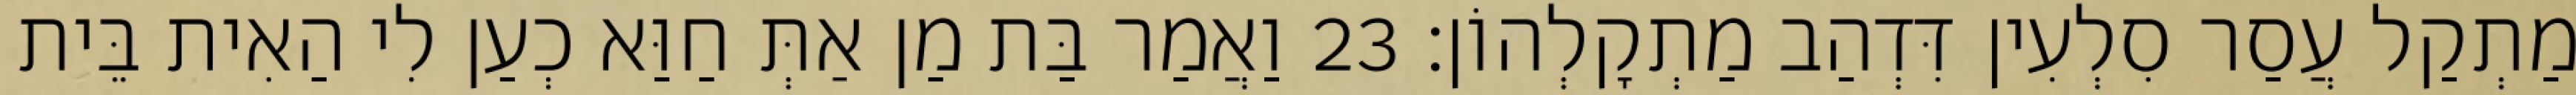
מַתְקַל עֲסַר סִלְעִין דִּדְהַב מַתְקָלְהוֹן׃ 23 וַאֲמַר בַּת מַן אַתְּ חַוַּא כְעַן לִי הַאִית בֵּית